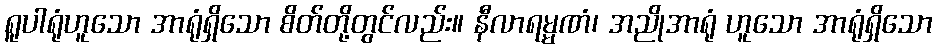
ရူပါရုံဟူသော အာရုံရှိသော စိတ်တို့တွင်လည်း။ နီလာရမ္မဏံ၊ အညိုအာရုံ ဟူသော အာရုံရှိသော